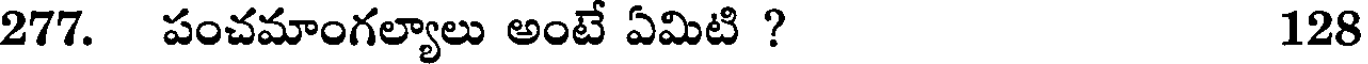
277. పంచమాంగల్యాలు అంటే ఏమిటి ? 128